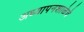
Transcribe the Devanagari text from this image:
अध्यापनशाळेचे